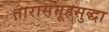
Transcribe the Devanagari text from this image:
तारासमूहसुद्धा